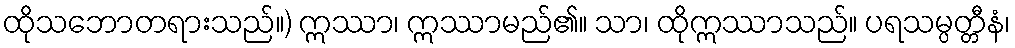
ထိုသဘောတရားသည်။) ဣဿာ၊ ဣဿာမည်၏။ သာ၊ ထိုဣဿာသည်။ ပရသမ္ပတ္တီနံ၊